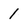
Character: 1